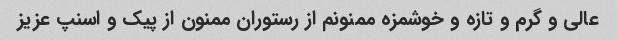
عالی و گرم و تازه و خوشمزه ممنونم از رستوران ممنون از پیک و اسنپ عزیز